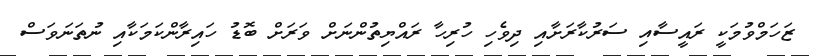
ޒަހަމްވުމަކީ ރައީސާއި ސަރުކާރަށާއި ދިވެހި ހުރިހާ ރައްޔިތުންނަށް ވަރަށް ބޮޑު ހައިރާންކަމަކާއި ނުތަނަވަސް